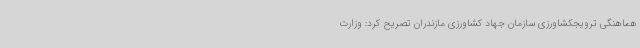
هماهنگی ترویجکشاورزی سازمان جهاد کشاورزی مازندران تصریح کرد: وزارت